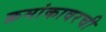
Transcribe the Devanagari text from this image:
क्रमांकावरची